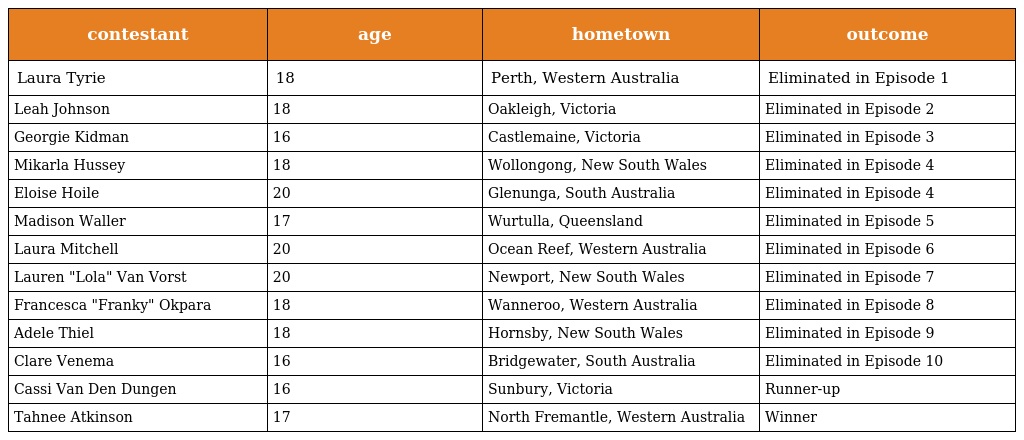
| contestant | age | hometown | outcome |
 | --- | --- | --- | --- |
 | Laura Tyrie | 18 | Perth, Western Australia | Eliminated in Episode 1 |
 | Leah Johnson | 18 | Oakleigh, Victoria | Eliminated in Episode 2 |
 | Georgie Kidman | 16 | Castlemaine, Victoria | Eliminated in Episode 3 |
 | Mikarla Hussey | 18 | Wollongong, New South Wales | Eliminated in Episode 4 |
 | Eloise Hoile | 20 | Glenunga, South Australia | Eliminated in Episode 4 |
 | Madison Waller | 17 | Wurtulla, Queensland | Eliminated in Episode 5 |
 | Laura Mitchell | 20 | Ocean Reef, Western Australia | Eliminated in Episode 6 |
 | Lauren "Lola" Van Vorst | 20 | Newport, New South Wales | Eliminated in Episode 7 |
 | Francesca "Franky" Okpara | 18 | Wanneroo, Western Australia | Eliminated in Episode 8 |
 | Adele Thiel | 18 | Hornsby, New South Wales | Eliminated in Episode 9 |
 | Clare Venema | 16 | Bridgewater, South Australia | Eliminated in Episode 10 |
 | Cassi Van Den Dungen | 16 | Sunbury, Victoria | Runner-up |
 | Tahnee Atkinson | 17 | North Fremantle, Western Australia | Winner |